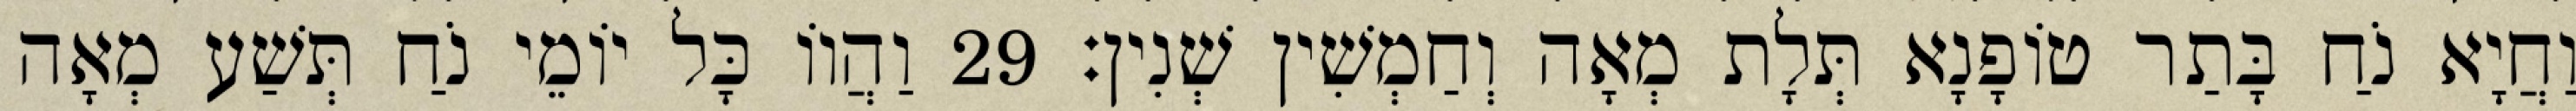
וַחֲיָא נֹחַ בָּתַר טוֹפָנָא תְּלָת מְאָה וְחַמְשִׁין שְׁנִין׃ 29 וַהֲווֹ כָּל יוֹמֵי נֹחַ תְּשַׁע מְאָה